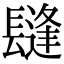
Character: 𨲫